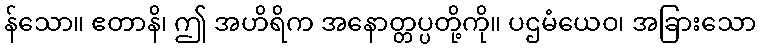
န်သော။ ဧတာနိ၊ ဤ အဟိရိက အနောတ္တပ္ပတို့ကို။ ပဌမံယေဝ၊ အခြားသော